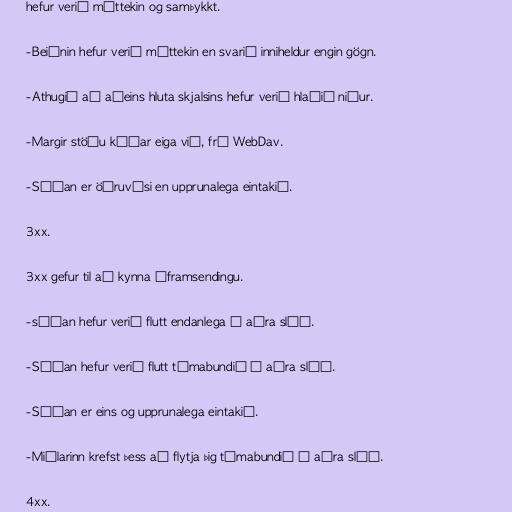
hefur verið móttekin og samþykkt.

-Beiðnin hefur verið móttekin en svarið inniheldur engin gögn.

-Athugið að aðeins hluta skjalsins hefur verið hlaðið niður.

-Margir stöðu kóðar eiga við, frá WebDav.

-Síðan er öðruvísi en upprunalega eintakið.

3xx.

3xx gefur til að kynna áframsendingu.

-síðan hefur verið flutt endanlega á aðra slóð.

-Síðan hefur verið flutt tímabundið á aðra slóð.

-Síðan er eins og upprunalega eintakið.

-Miðlarinn krefst þess að flytja þig tímabundið á aðra slóð.

4xx.